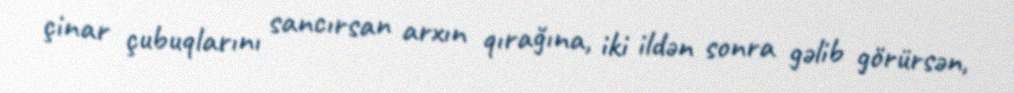
çinar çubuqlarını sancırsan arxın qırağına, iki ildən sonra gəlib görürsən,